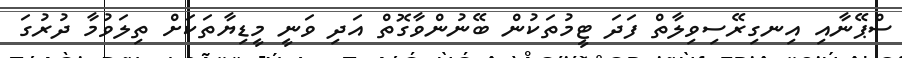
ސްޕޭނާއި އިނގިރޭސިވިލާތް ފަދަ ޓީމުތަކުން ބޭނުންވާގޮތް އަދި ވަނީ މީޑިޔާތަކަށް ތިލަވުމާ ދުރުގަ